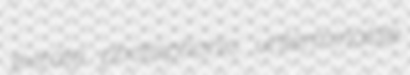
evirate photophonic unterminable